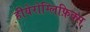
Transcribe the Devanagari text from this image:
हीयेरोग्लिफ़िक्स